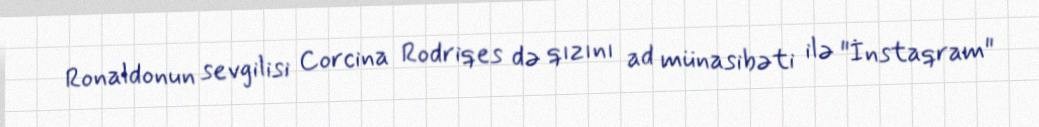
Ronaldonun sevgilisi Corcina Rodriqes də qızını ad münasibəti ilə "İnstaqram"